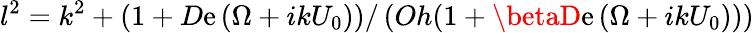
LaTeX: l^{2}=k^{2}+\left(1+D\mathrm{e}\left(\Omega+ik{U}_{0}\right)\right)/\left(Oh(1+\betaD\mathrm{e}\left(\Omega+ikU_{0}\right))\right)